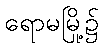
ရောမမြို့၌